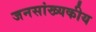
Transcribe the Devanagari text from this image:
जनसांख्यकीय